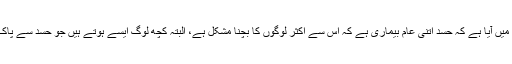
ایک روایت میں آیا ہے کہ حسد اتنی عام بیماری ہے کہ اس سے اکثر لوگوں کا بچنا مشکل ہے، البتہ کچھ لوگ ایسے ہوتے ہیں جو حسد سے پاک ہوتے ہیں۔